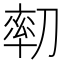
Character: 𠞻